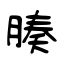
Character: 腠